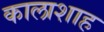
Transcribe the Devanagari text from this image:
कालाशाह